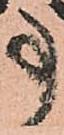
事